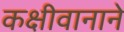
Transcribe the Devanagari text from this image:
कक्षीवानाने